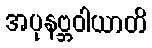
အပုနဗ္ဘဝါယာတိ